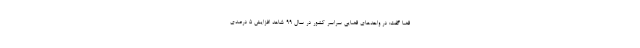
قضا گفت: در واحدهای قضایی سراسر کشور در سال ۹۹ شاهد افزایش ۵ درصدی